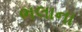
ભલાના